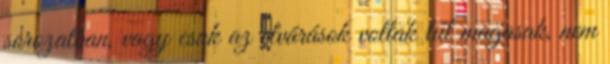
sorozatban, vagy csak az elvárások voltak túl magasak, nem